Civil Veterinary Dept. Assam report 1911-1927 - 1911-1927
Year: 1911
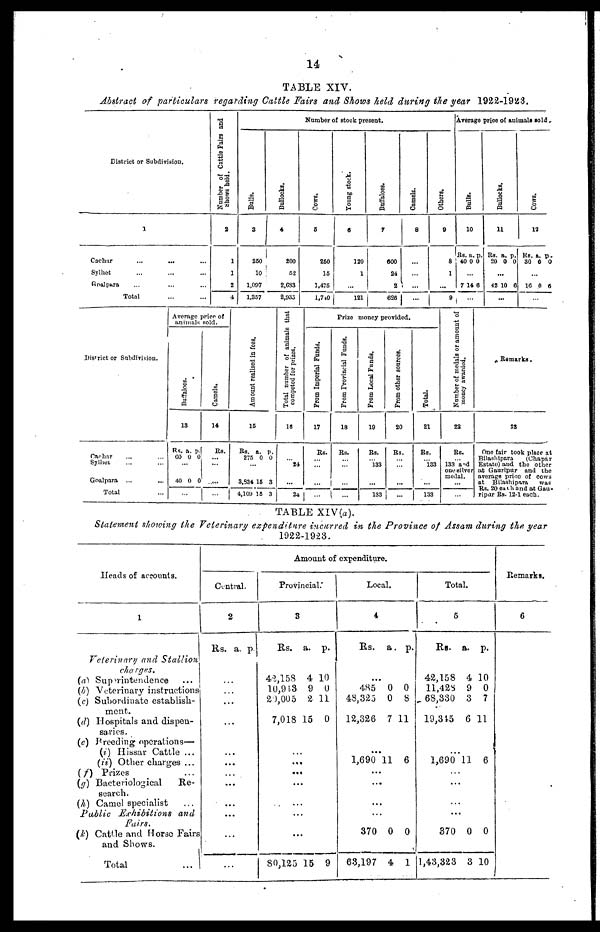
14
TABLE XIV.
Abstract of particulars regarding Cattle Fairs and Shows held during the year 1922-1923.
District or Subdivision.
1
Cachar
...
... ...
Sylhet ... ... ...
Goalpara ... ... ...
Total ... ...
Number of Cattle Fairs and
shows hold.
2
1
1
2
4
Number of stock present.
Bulls.
3
260
10
1,097
1,857
Bullocks.
4
200
52
2,633
2,935
Cows.
6
260
15
1,475
1,740
Young stock.
0
120
1
...
121
Buffaloes.
7
600
24
2
626
Camels.
8
...
...
...
...
Others.
9
8
1
...
9
Average price of animals sold.
Bulls.
10
Rs.
40
a.
0
p.
0
...
7 1 4 6
...
Bollocks.
11
Rs.
20
a.
0
p.
0
...
42 10 6
...
Cows
12
Rs.
30
a.
0
p .
0
...
16 0 6
...
District or Subdivision.
Cachar ... ...
Sylhet ... ...
Goalpara ...
Total ...
Average price of
animals sold.
Buffaloes.
13
Rs.
60
a.
0
p.
0
...
40 0 0
...
Camels.
14
Rs.
...
...
...
...
Amo u n t realised in fees.
15
Rs.
275
a.
0
p.
0
...
3,334
4,109
16
15
8
3
Total number of animals that
competed for prizes.
16
... 24
...
24
Prize money provided.
From Imperial Funds.
17
Rs.
... ...
...
...
From Provincial Funds.
18
Rs.
...
...
...
...
From Local Funds.
19
Rs.
... 133
...
133
From other sources.
20
Rs.
... ...
...
...
Total.
21
Rs.
133
...
133
Number of medals or amount of
money awarded.
22
Rs.
133 and
one silver
medal.
...
...
Remarks.
23
One fair took place at
Bilashipara
(Chapar
Estate) and the other
at Gauripur and the
average price of cows
at Bllashipara
was
Rs. 20 each and at Gau-
ripar Rs. 12-1 each.
TABLE XlV(a).
Statement showing the Veterinary expenditure incurred in the Province of Assam during the year
1922-1923.
Heads of accounts.
1
Veterinary and Stallion
charges.
(a) Superintendence ...
(b) Veterinary instructions
(c) Subordinate establish-
ment.
(d) Hospitals and dispen-
saries.
(e) Breeding operations—
(i) Hissar Cattle ...
(ii) Other charges ...
(f) Prizes
(g) Bacteriological
Re-
search.
(h) Camel specialist
Public Exhibitions and
Fairs.
(k) Cattle and Horse Fairs
and Shows.
Total ...
Amount of expenditure.
Central.
2
Rs. a. p
...
...
...
...
...
...
...
...
...
...
...
...
Provincial.
3
Rs.
42,158
10,913
20, 005
7,018
a.
4
9
2
15
p.
10
0
11
0
...
...
...
...
...
...
...
80,125 15 9
Local.
4
Rs. a. p.
...
485
48,323
12,326
0
0
7
0
8
11
...
1,690 11 6
...
...
...
...
370
63,197
0
4
0
1
Total.
5
Rs.
42,158
11,428
68,330
19,345
a.
4
9
3
6
p.
10
0
7
11
...
1,690 11 6
...
...
...
...
370
1,43,323
0
3
0
10
Remarks.
6